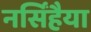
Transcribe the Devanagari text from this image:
नर्सिंहैया